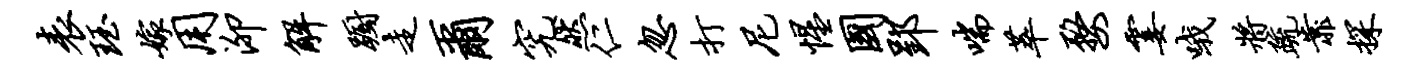
表珏嫁用泖解蹰走尔究然仁忽打尼惺国郢喘萃婺霎哦将疏靠探